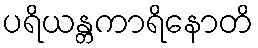
ပရိယန္တကာရိနောတိ